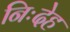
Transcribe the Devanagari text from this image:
निःदेह